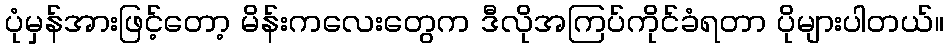
ပုံမှန်အားဖြင့်တော့ မိန်းကလေးတွေက ဒီလိုအကြပ်ကိုင်ခံရတာ ပိုများပါတယ်။